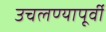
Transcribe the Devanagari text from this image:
उचलण्यापूर्वी